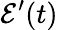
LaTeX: \mathcal{E}^{\prime}(t)